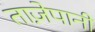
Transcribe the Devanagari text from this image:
ताज़ेपानी